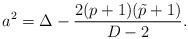
LaTeX: \begin{align*}a^2=\Delta-{{2(p+1)(\tilde{p}+1)}\over{D-2}}.\end{align*}